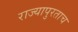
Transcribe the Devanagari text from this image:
राज्यापुरताच